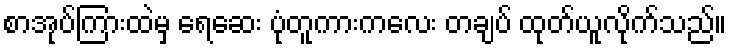
စာအုပ်ကြားထဲမှ ရေဆေး ပုံတူကားကလေး တချပ် ထုတ်ယူလိုက်သည်။